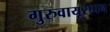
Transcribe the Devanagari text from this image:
गुरुवायूरप्पन